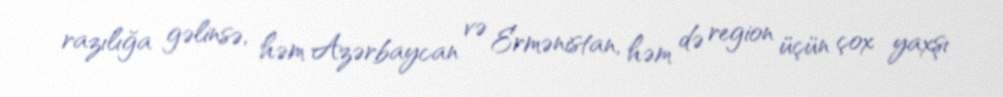
razılığa gəlinsə, həm Azərbaycan və Ermənistan, həm də region üçün çox yaxşı